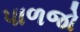
પાળજો